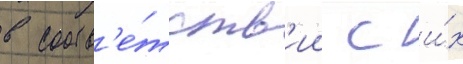
в соотв'е́тств'ии с и́х